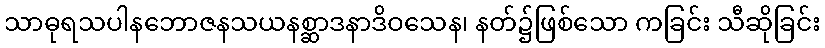
သာဓုရသပါနဘောဇနသယနစ္ဆာဒနာဒိဝသေန၊ နတ်၌ဖြစ်သော ကခြင်း သီဆိုခြင်း